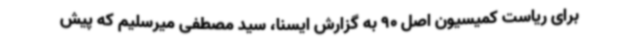
برای ریاست کمیسیون اصل 90 به گزارش ایسنا، سید مصطفی میرسلیم که پیش